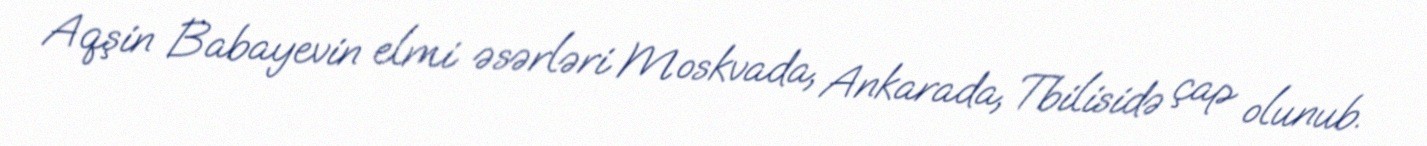
Aqşin Babayevin elmi əsərləri Moskvada, Ankarada, Tbilisidə çap olunub.